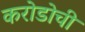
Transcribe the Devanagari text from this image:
करोडोची